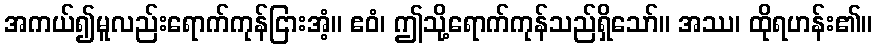
အကယ်၍မူလည်းရောက်ကုန်ငြားအံ့။ ဧဝံ၊ ဤသို့ရောက်ကုန်သည်ရှိသော်။ အဿ၊ ထိုရဟန်း၏။